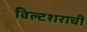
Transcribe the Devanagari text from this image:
विल्टशराची